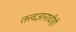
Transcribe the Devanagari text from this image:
तत्त्वज्ञानाचीही